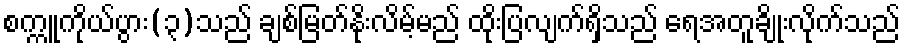
စက္ကူကိုယ်ပွား(၃)သည် ချစ်မြတ်နိုးလိမ့်မည် ထိုးပြလျက်ရှိသည် ရေအတူချိုးလိုက်သည်